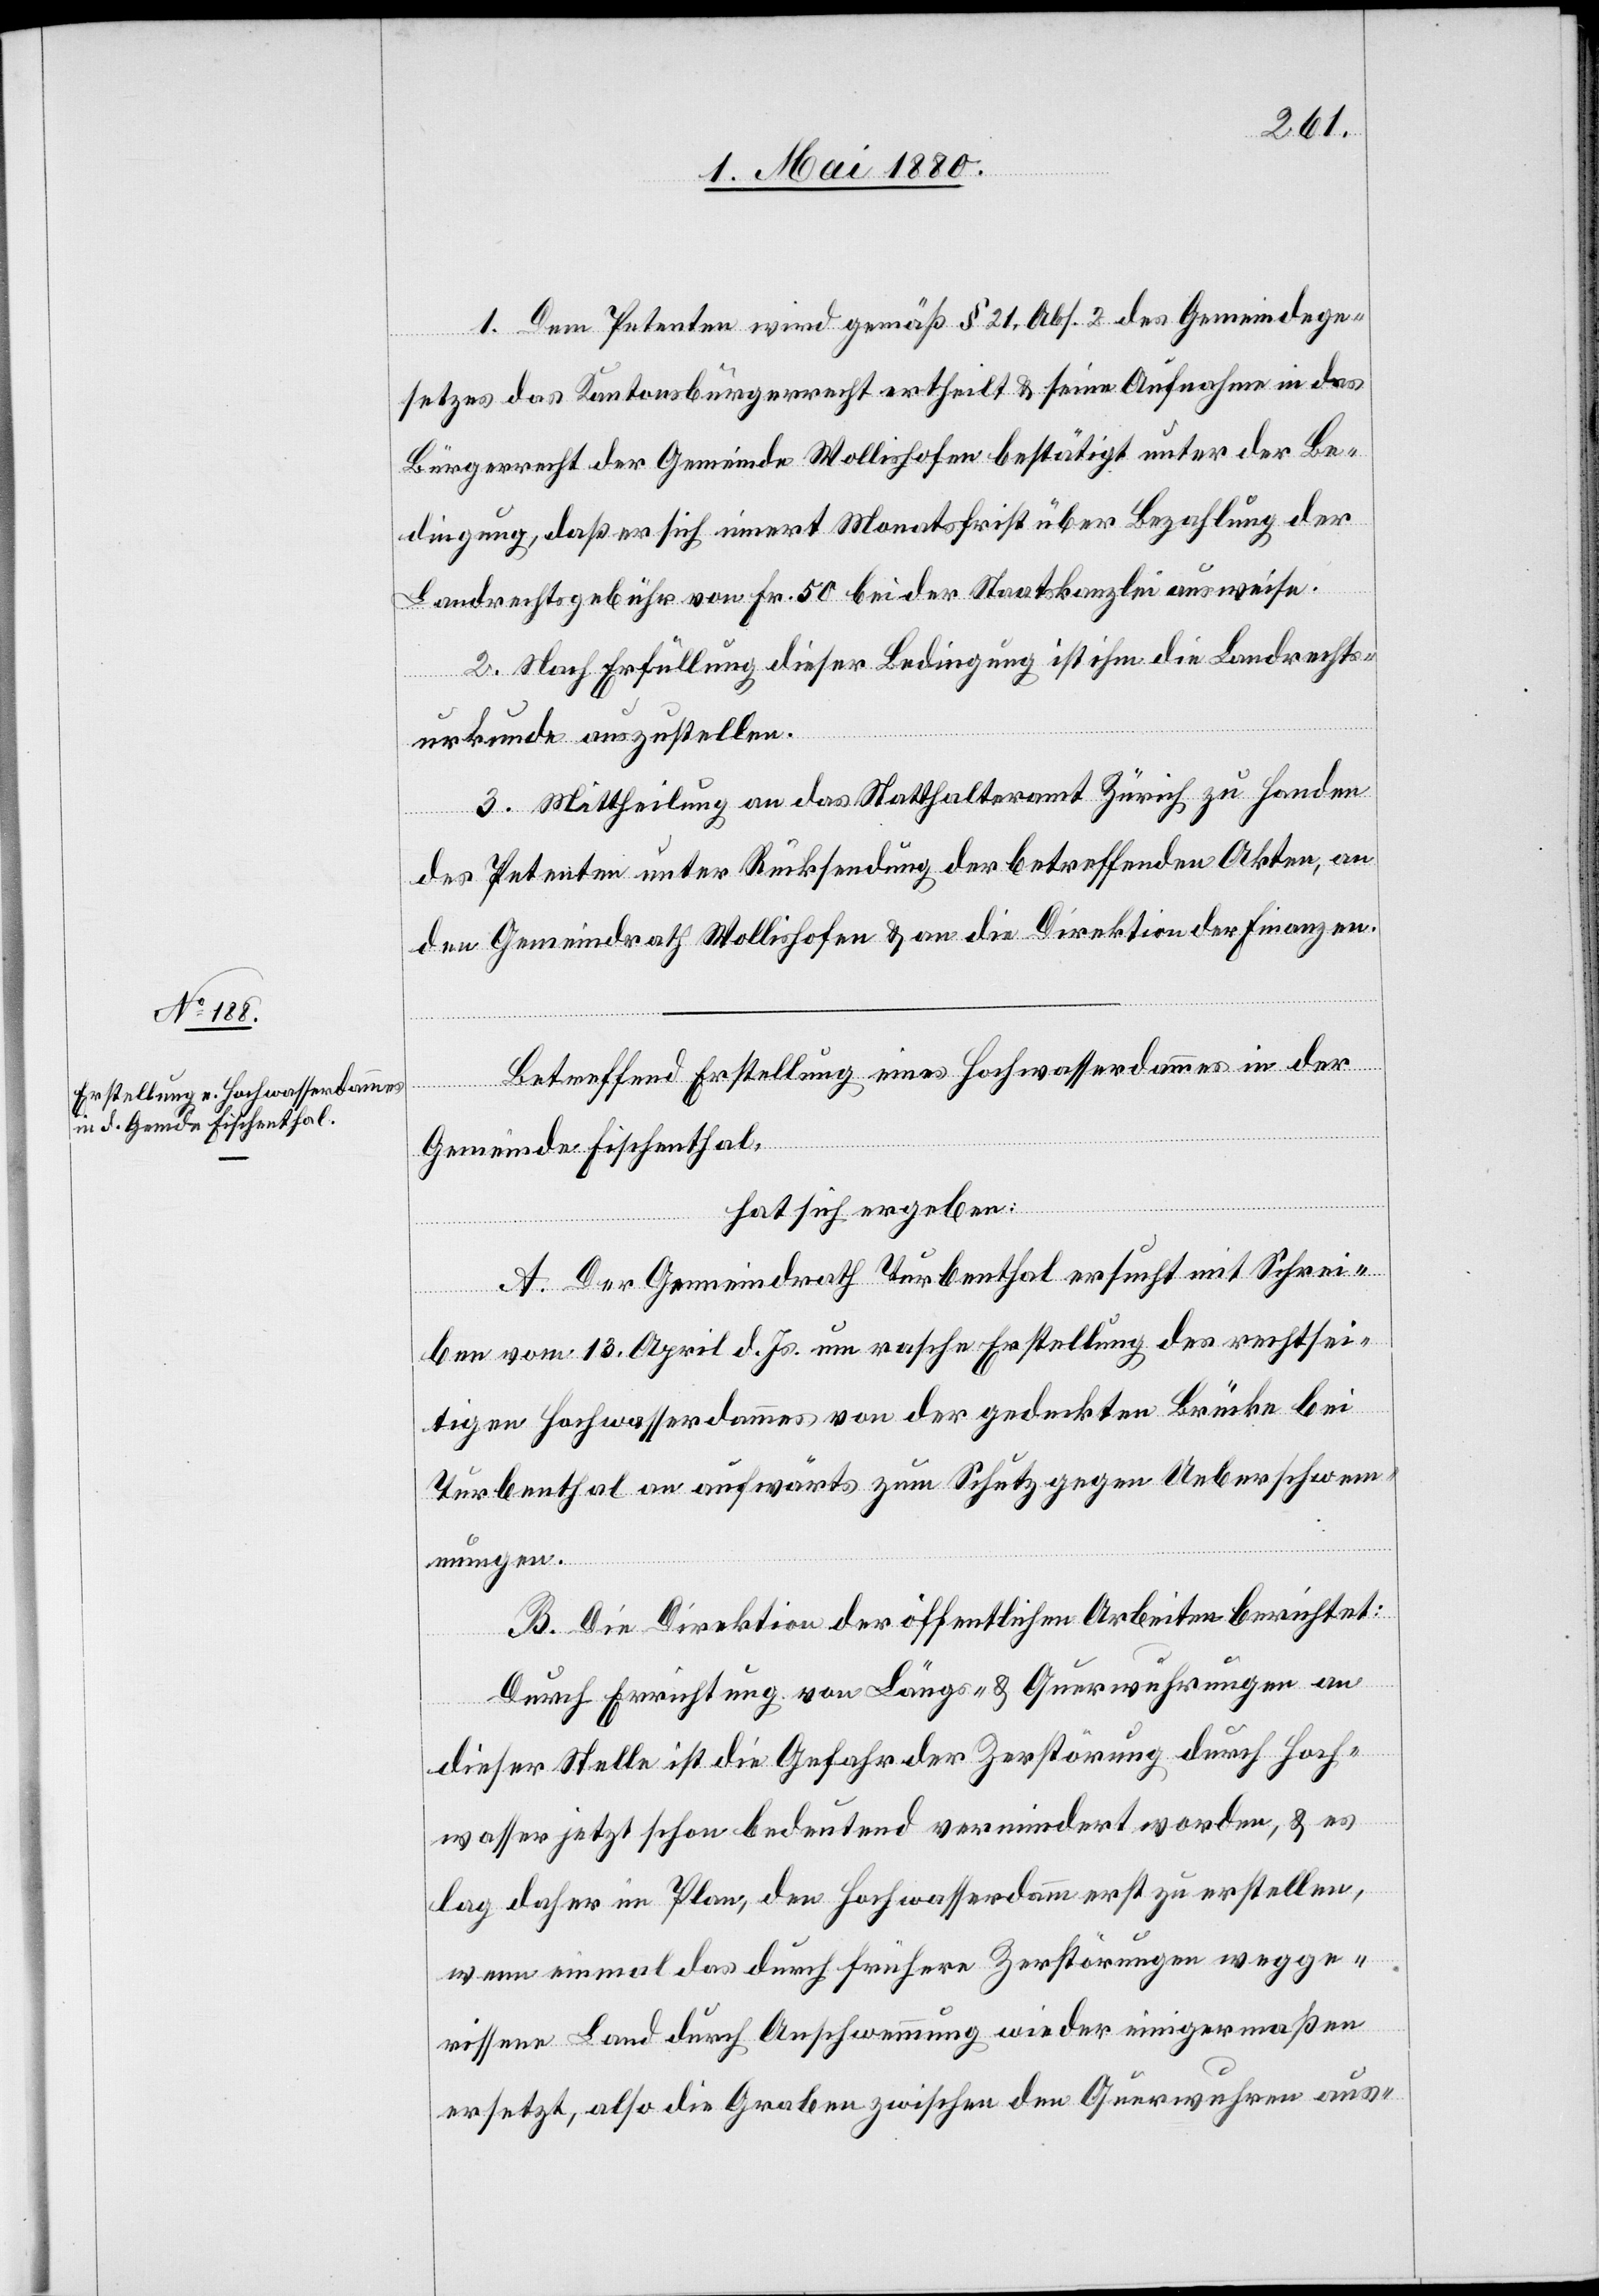
1. Dem Petent wird gemäß § 21, Abs. 2 des Gemeindege¬
setzes das Kantonsbürgerrecht ertheilt & seine Aufnahme in das
Bürgerrecht der Gemeinde Wollishofen bestätigt unter der Be¬
dingung, daß er sich innert Monatsfrist über Bezahlung der
Landrechtsgebühr von Fr. 50 bei der Staatskanzlei ausweise.
2. Nach Erfüllung dieser Bedingung ist ihm die Landrechts¬
urkunde auszustellen.
3. Mittheilung an das Statthalteramt Zürich zu Handen
des Petenten unter Rücksendung der betreffenden Akten, an
den Gemeindrath Wollishofen & an die Direktion der Finanzen.
Betreffend Erstellung eines Hochwasserdammes in der
Gemeinde Fischenthal:
hat sich ergeben:
A. Der Gemeindrath Turbenthal ersucht mit Schrei¬
ben vom 13. April d. Js. um rasche Erstellung des rechtsei¬
tigen Hochwasserdammes von der gedeckten Brücke bei
Turbenthal an aufwärts zum Schutz gegen Ueberschwem¬
mungen.
B. Die Direktion der öffentlichen Arbeiten berichtet:
Durch Errichtung von Längs- & Querwuhrungen an
dieser Stelle ist die Gefahr der Zerstörung durch Hoch¬
wasser jetzt schon bedeutend vermindert worden, & es
lag daher im Plan, den Hochwasserdamm erst zu erstellen,
wenn einmal das durch frühere Zerstörungen wegge¬
rissene Land durch Anschwemmung wieder einigermaßen
ersetzt, also die Graben zwischen den Querwuhrungen aus-